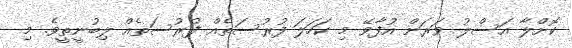
ކޮށްލާ އަސްލު ވަރަށް އުފާވޭ މި ކަހަލަ ފުރުސަތެއް ފުރުސަތެއް ލިބުނީތީވެ. މި